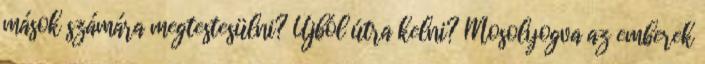
mások számára megtestesülni? Újból útra kelni? Mosolyogva az emberek